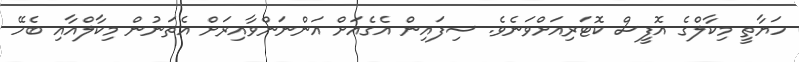
ހަޔާތީ މިކާލްގެ އޮފީސް ކޮޓަރިއަށްވަނެވެ. ސިފައިން އެގެއަށް އަންނަންވާއިރަށް އެތަނުން މިކާލްއާއި ބެހޭ